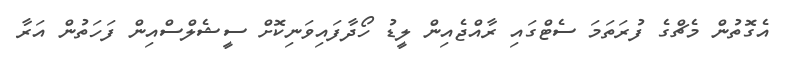
އެގޮތުން މެޗްގެ ފުރަތަމަ ސެޓްގައި ރާއްޖެއިން ލީޑު ހޯދާފައިވަނިކޮށް ސީޝެލްސްއިން ފަހަތުން އަރާ